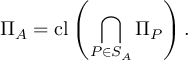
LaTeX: \Pi _ { A } = \operatorname { c l } \left( \bigcap _ { P \in S _ { A } } \Pi _ { P } \right) .